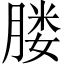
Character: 𦝼